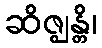
ဆိဇ္ဈန္တိ၊